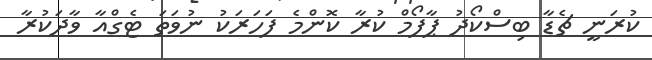
ކުރަނީ ޗެޑާ ބިސްކޯދު ޕާފޯމް ކުރާ ކޮންމެ ފަހަރަކު ނުވަތަ ޓެގްއާ ވާދަކުރާ